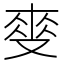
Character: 𲎏